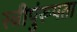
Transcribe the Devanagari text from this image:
स्त्रीपुंरूपता